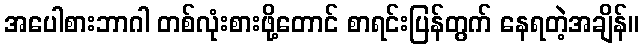
အပေါစားဘာဂါ တစ်လုံးစားဖို့တောင် စာရင်းပြန်တွက် နေရတဲ့အချိန်။